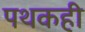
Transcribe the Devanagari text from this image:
पथकही